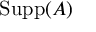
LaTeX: \operatorname { S u p p } ( A )